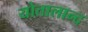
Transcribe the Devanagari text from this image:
योतालान्द